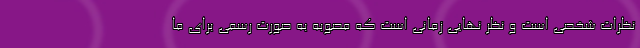
نظرات شخصی است و نظر نهایی زمانی است که مصوبه به صورت رسمی برای ما